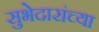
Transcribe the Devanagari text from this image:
सुभेदारांच्या